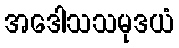
အဒေါသသမုဒယံ